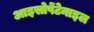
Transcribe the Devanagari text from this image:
आइसोपेंटेनाइल